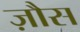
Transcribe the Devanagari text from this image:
ज़ौस